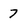
Character: 7